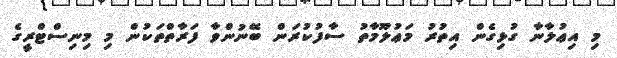
މި އިޢުލާނާ ގުޅިގެން އިތުރު މަޢުލޫމާތު ސާފުކުރަން ބޭނުންވާ ފަރާތްތަކުން މި މިނިސްޓްރީގެ